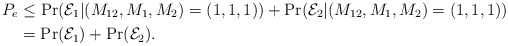
\begin{align*}P_e&\leq \Pr(\mathcal{E}_1|(M_{12},M_1,M_2)=(1,1,1))+\Pr(\mathcal{E}_2|(M_{12},M_1,M_2)=(1,1,1))\\&= \Pr(\mathcal{E}_1)+\Pr(\mathcal{E}_2).\end{align*}